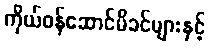
ကိုယ်ဝန်ဆောင်မိခင်များနှင့်